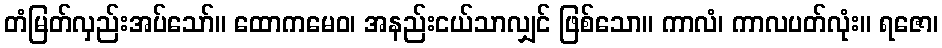
တံမြတ်လှည်းအပ်သော်။ ထောကမေဝ၊ အနည်းငယ်သာလျှင် ဖြစ်သော။ ကာလံ၊ ကာလပတ်လုံး။ ရဇော၊